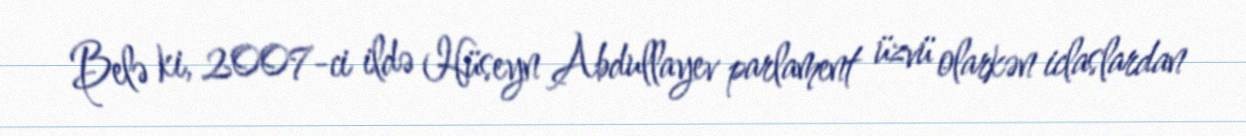
Belə ki, 2007-ci ildə Hüseyn Abdullayev parlament üzvü olarkən iclaslardan